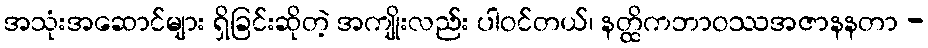
အသုံးအဆောင်များ ရှိခြင်းဆိုတဲ့ အကျိုးလည်း ပါဝင်တယ်၊ နတ္ထိကဘာဝဿအဇာနနတာ -